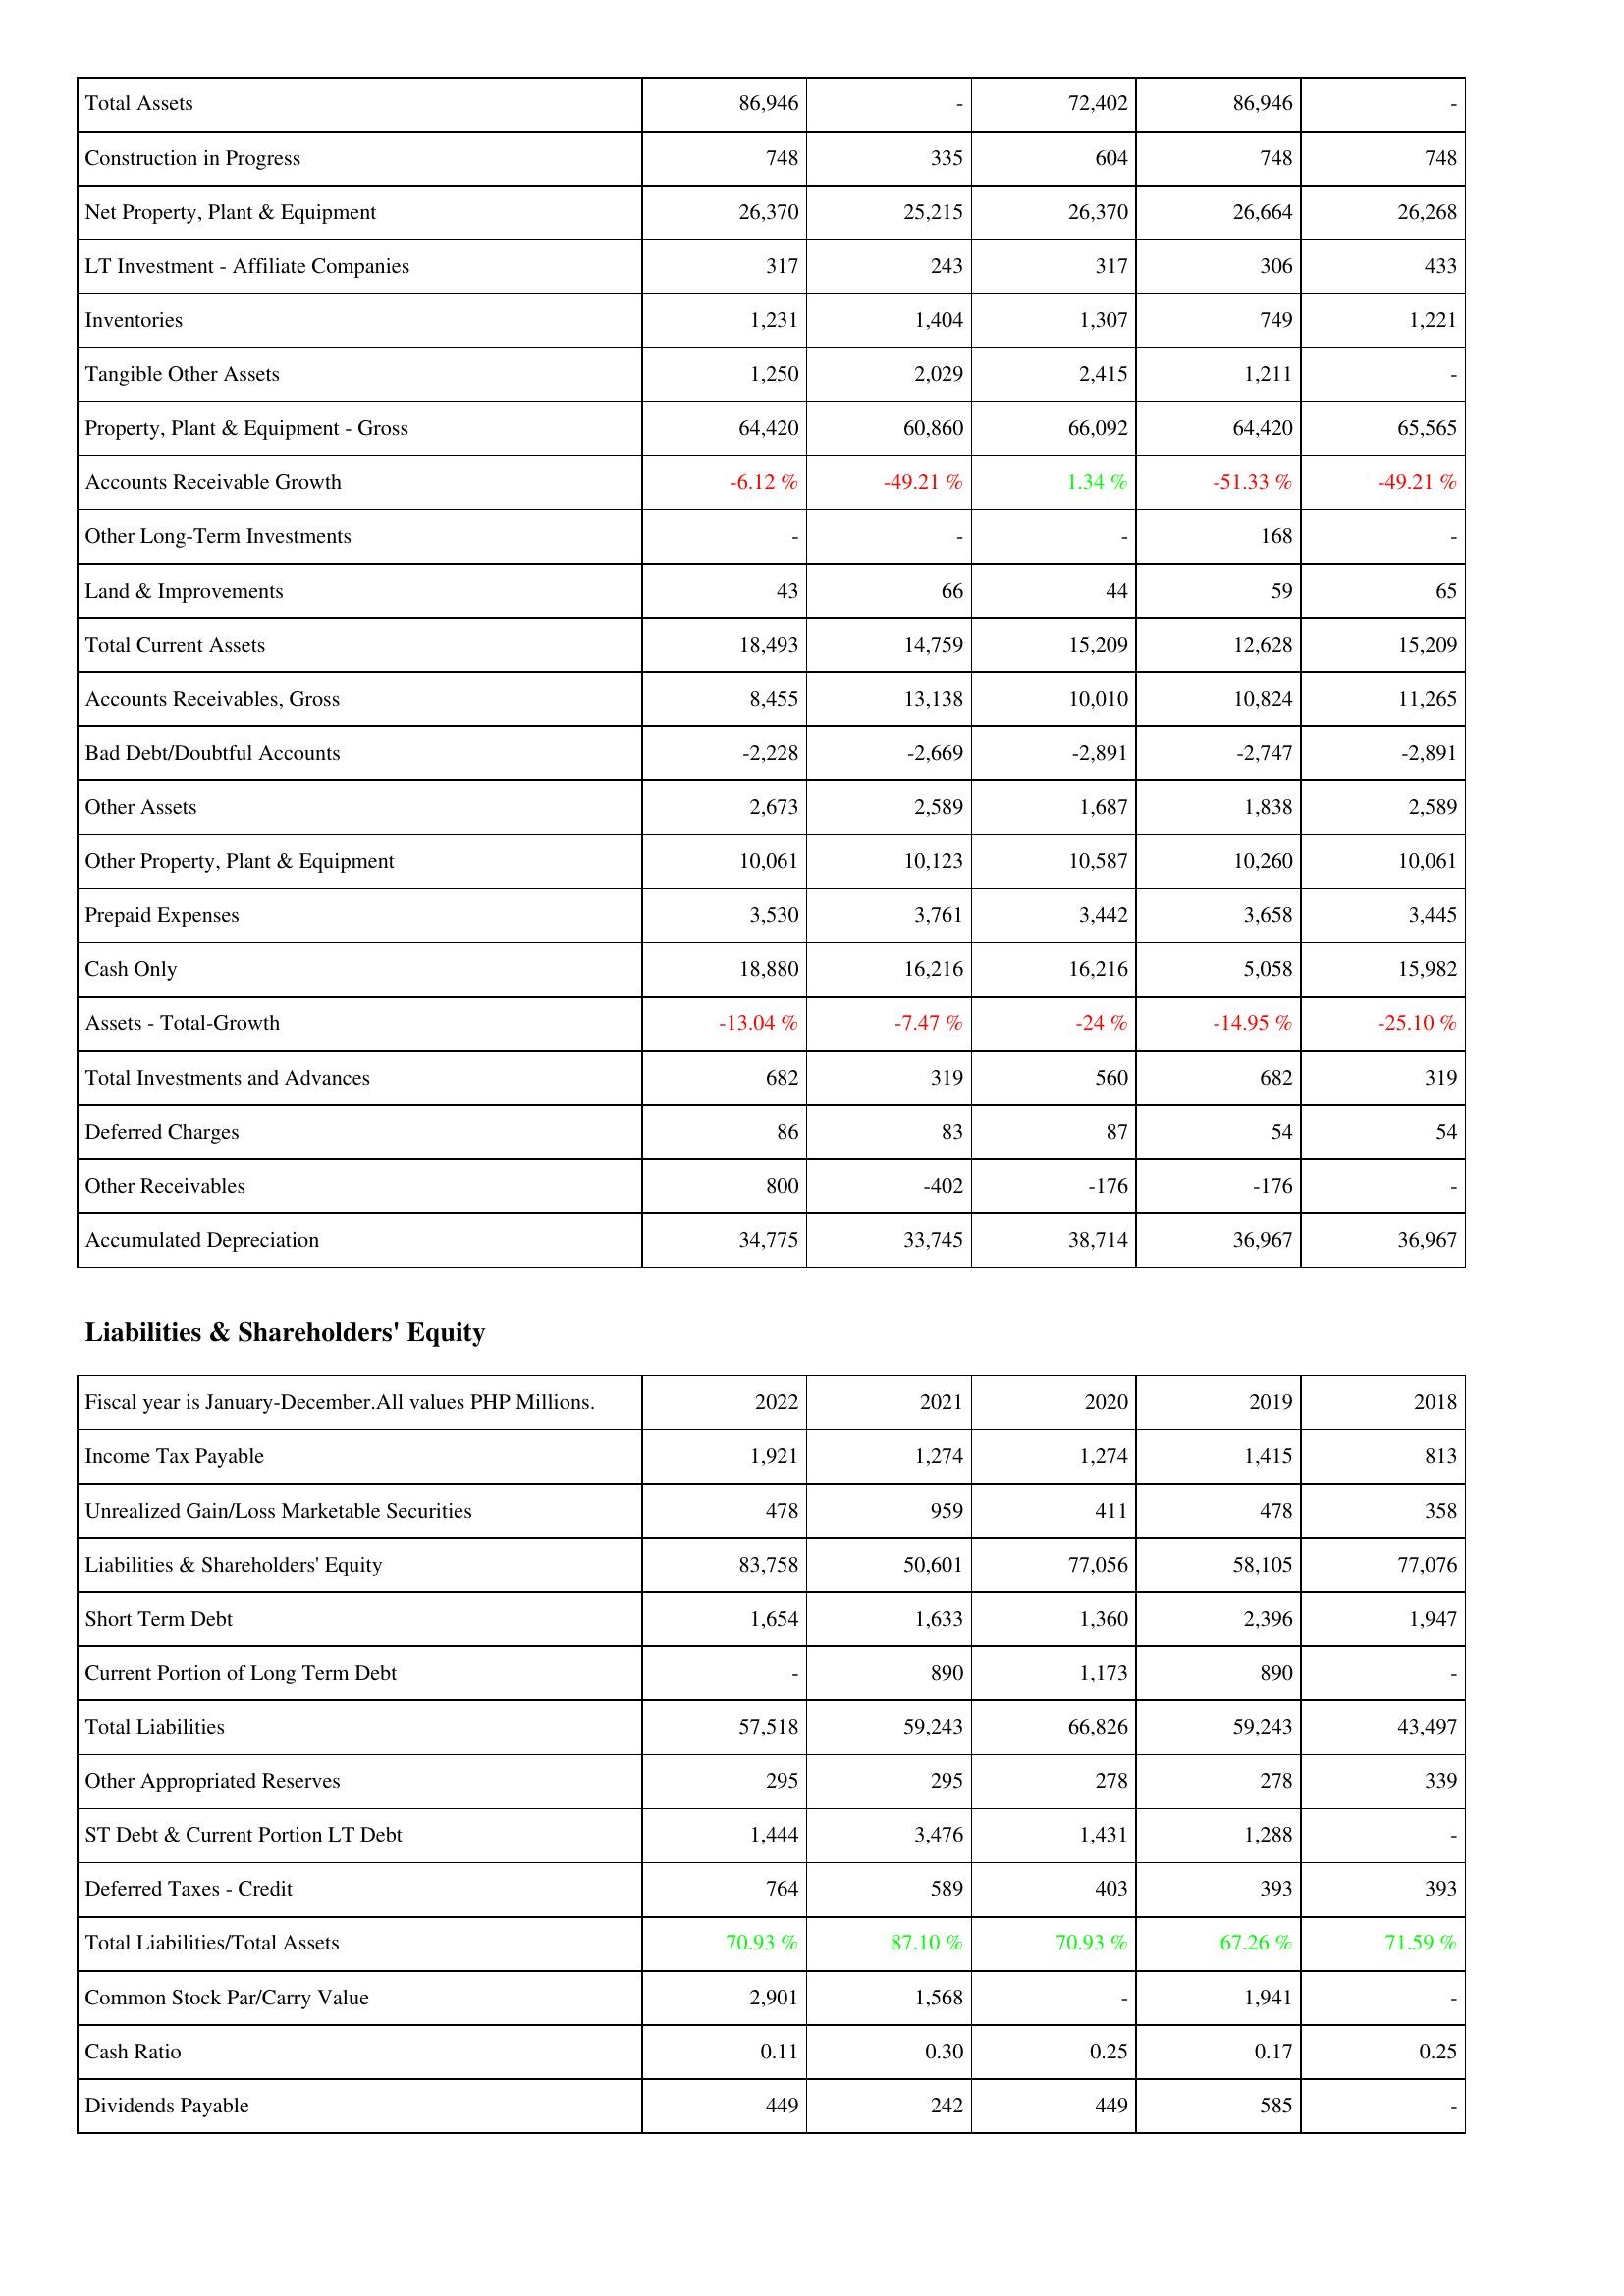
2022: Assets: Total Assets: 86,946
Construction in Progress: 748
Net Property, Plant & Equipment: 26,370
LT Investment - Affiliate Companies: 317
Inventories: 1,231
Tangible Other Assets: 1,250
Property, Plant & Equipment - Gross: 64,420
Accounts Receivable Growth: -6.12 %
Other Long-Term Investments: -
Land & Improvements: 43
Total Current Assets: 18,493
Accounts Receivables, Gross: 8,455
Bad Debt/Doubtful Accounts: -2,228
Other Assets: 2,673
Other Property, Plant & Equipment: 10,061
Prepaid Expenses: 3,530
Cash Only: 18,880
Assets - Total-Growth: -13.04 %
Total Investments and Advances: 682
Deferred Charges: 86
Other Receivables: 800
Accumulated Depreciation: 34,775
Liabilities & Shareholders' Equity: Income Tax Payable: 1,921
Unrealized Gain/Loss Marketable Securities: 478
Liabilities & Shareholders' Equity: 83,758
Short Term Debt: 1,654
Current Portion of Long Term Debt: -
Total Liabilities: 57,518
Other Appropriated Reserves: 295
ST Debt & Current Portion LT Debt: 1,444
Deferred Taxes - Credit: 764
Total Liabilities/Total Assets: 70.93 %
Common Stock Par/Carry Value: 2,901
Cash Ratio: 0.11
Dividends Payable: 449
2021: Assets: Total Assets: -
Construction in Progress: 335
Net Property, Plant & Equipment: 25,215
LT Investment - Affiliate Companies: 243
Inventories: 1,404
Tangible Other Assets: 2,029
Property, Plant & Equipment - Gross: 60,860
Accounts Receivable Growth: -49.21 %
Other Long-Term Investments: -
Land & Improvements: 66
Total Current Assets: 14,759
Accounts Receivables, Gross: 13,138
Bad Debt/Doubtful Accounts: -2,669
Other Assets: 2,589
Other Property, Plant & Equipment: 10,123
Prepaid Expenses: 3,761
Cash Only: 16,216
Assets - Total-Growth: -7.47 %
Total Investments and Advances: 319
Deferred Charges: 83
Other Receivables: -402
Accumulated Depreciation: 33,745
Liabilities & Shareholders' Equity: Income Tax Payable: 1,274
Unrealized Gain/Loss Marketable Securities: 959
Liabilities & Shareholders' Equity: 50,601
Short Term Debt: 1,633
Current Portion of Long Term Debt: 890
Total Liabilities: 59,243
Other Appropriated Reserves: 295
ST Debt & Current Portion LT Debt: 3,476
Deferred Taxes - Credit: 589
Total Liabilities/Total Assets: 87.10 %
Common Stock Par/Carry Value: 1,568
Cash Ratio: 0.30
Dividends Payable: 242
2020: Assets: Total Assets: 72,402
Construction in Progress: 604
Net Property, Plant & Equipment: 26,370
LT Investment - Affiliate Companies: 317
Inventories: 1,307
Tangible Other Assets: 2,415
Property, Plant & Equipment - Gross: 66,092
Accounts Receivable Growth: 1.34 %
Other Long-Term Investments: -
Land & Improvements: 44
Total Current Assets: 15,209
Accounts Receivables, Gross: 10,010
Bad Debt/Doubtful Accounts: -2,891
Other Assets: 1,687
Other Property, Plant & Equipment: 10,587
Prepaid Expenses: 3,442
Cash Only: 16,216
Assets - Total-Growth: -24 %
Total Investments and Advances: 560
Deferred Charges: 87
Other Receivables: -176
Accumulated Depreciation: 38,714
Liabilities & Shareholders' Equity: Income Tax Payable: 1,274
Unrealized Gain/Loss Marketable Securities: 411
Liabilities & Shareholders' Equity: 77,056
Short Term Debt: 1,360
Current Portion of Long Term Debt: 1,173
Total Liabilities: 66,826
Other Appropriated Reserves: 278
ST Debt & Current Portion LT Debt: 1,431
Deferred Taxes - Credit: 403
Total Liabilities/Total Assets: 70.93 %
Common Stock Par/Carry Value: -
Cash Ratio: 0.25
Dividends Payable: 449
2019: Assets: Total Assets: 86,946
Construction in Progress: 748
Net Property, Plant & Equipment: 26,664
LT Investment - Affiliate Companies: 306
Inventories: 749
Tangible Other Assets: 1,211
Property, Plant & Equipment - Gross: 64,420
Accounts Receivable Growth: -51.33 %
Other Long-Term Investments: 168
Land & Improvements: 59
Total Current Assets: 12,628
Accounts Receivables, Gross: 10,824
Bad Debt/Doubtful Accounts: -2,747
Other Assets: 1,838
Other Property, Plant & Equipment: 10,260
Prepaid Expenses: 3,658
Cash Only: 5,058
Assets - Total-Growth: -14.95 %
Total Investments and Advances: 682
Deferred Charges: 54
Other Receivables: -176
Accumulated Depreciation: 36,967
Liabilities & Shareholders' Equity: Income Tax Payable: 1,415
Unrealized Gain/Loss Marketable Securities: 478
Liabilities & Shareholders' Equity: 58,105
Short Term Debt: 2,396
Current Portion of Long Term Debt: 890
Total Liabilities: 59,243
Other Appropriated Reserves: 278
ST Debt & Current Portion LT Debt: 1,288
Deferred Taxes - Credit: 393
Total Liabilities/Total Assets: 67.26 %
Common Stock Par/Carry Value: 1,941
Cash Ratio: 0.17
Dividends Payable: 585
2018: Assets: Total Assets: -
Construction in Progress: 748
Net Property, Plant & Equipment: 26,268
LT Investment - Affiliate Companies: 433
Inventories: 1,221
Tangible Other Assets: -
Property, Plant & Equipment - Gross: 65,565
Accounts Receivable Growth: -49.21 %
Other Long-Term Investments: -
Land & Improvements: 65
Total Current Assets: 15,209
Accounts Receivables, Gross: 11,265
Bad Debt/Doubtful Accounts: -2,891
Other Assets: 2,589
Other Property, Plant & Equipment: 10,061
Prepaid Expenses: 3,445
Cash Only: 15,982
Assets - Total-Growth: -25.10 %
Total Investments and Advances: 319
Deferred Charges: 54
Other Receivables: -
Accumulated Depreciation: 36,967
Liabilities & Shareholders' Equity: Income Tax Payable: 813
Unrealized Gain/Loss Marketable Securities: 358
Liabilities & Shareholders' Equity: 77,076
Short Term Debt: 1,947
Current Portion of Long Term Debt: -
Total Liabilities: 43,497
Other Appropriated Reserves: 339
ST Debt & Current Portion LT Debt: -
Deferred Taxes - Credit: 393
Total Liabilities/Total Assets: 71.59 %
Common Stock Par/Carry Value: -
Cash Ratio: 0.25
Dividends Payable: -